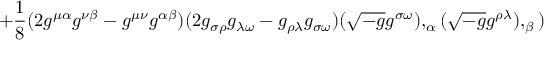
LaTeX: + { \frac { 1 } { 8 } } ( 2 g ^ { \mu \alpha } g ^ { \nu \beta } - g ^ { \mu \nu } g ^ { \alpha \beta } ) ( 2 g _ { \sigma \rho } g _ { \lambda \omega } - g _ { \rho \lambda } g _ { \sigma \omega } ) ( { \sqrt { - g } } g ^ { \sigma \omega } ) , _ { \alpha } ( { \sqrt { - g } } g ^ { \rho \lambda } ) , _ { \beta } )